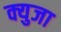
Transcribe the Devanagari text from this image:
क्युजा